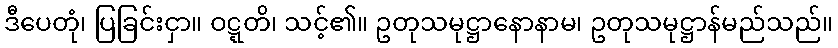
ဒီပေတုံ၊ ပြခြင်းငှာ။ ဝဋ္ဋတိ၊ သင့်၏။ ဥတုသမုဋ္ဌာနောနာမ၊ ဥတုသမုဋ္ဌာန်မည်သည်။